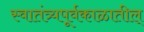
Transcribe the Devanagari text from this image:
स्वातंत्र्यपूर्वकाळातील्